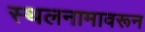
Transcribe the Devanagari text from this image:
स्थलनामावरून